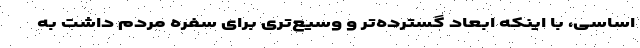
اساسی، با اینکه ابعاد گسترده‌تر و وسیع‌تری برای سفره مردم داشت به